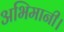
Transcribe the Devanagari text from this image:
अभिमानी।